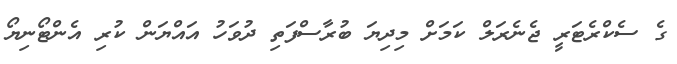
ގެ ސެކްރެޓަރީ ޖެނެރަލް ކަމަށް މިދިޔަ ބުރާސްފަތި ދުވަހު އައްޔަން ކުރި އެންޓޯނިޔޯ